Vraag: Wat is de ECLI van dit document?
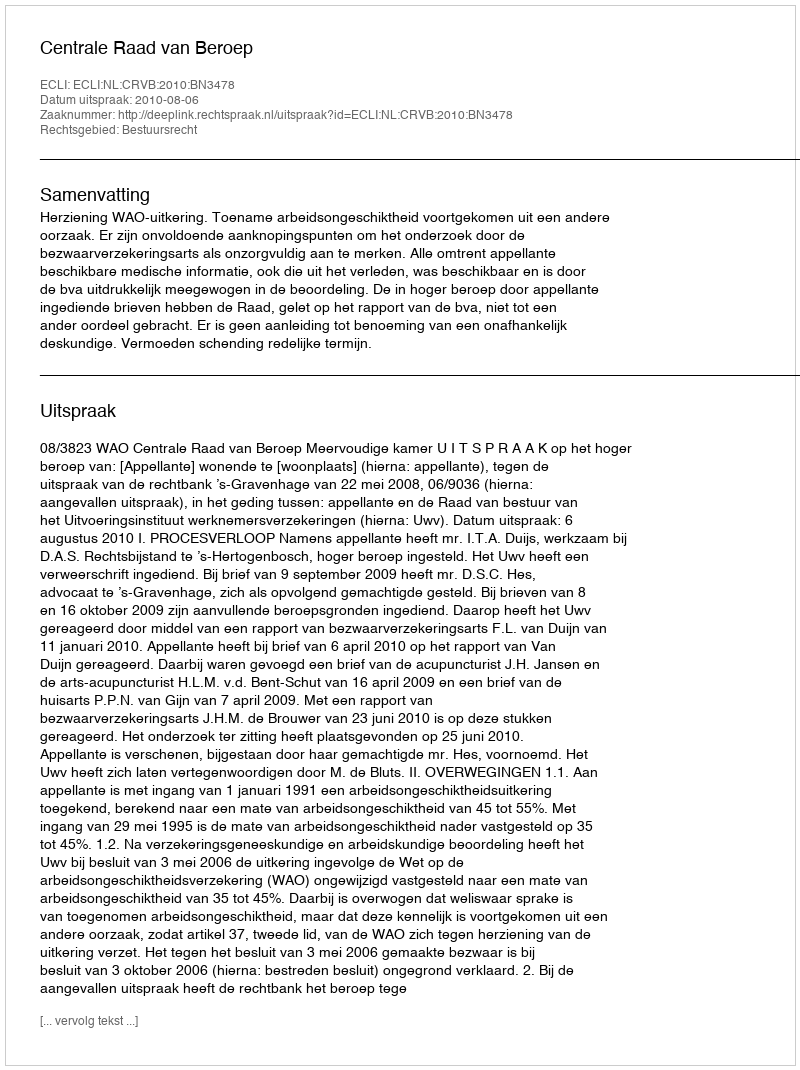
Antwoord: ECLI:NL:CRVB:2010:BN3478